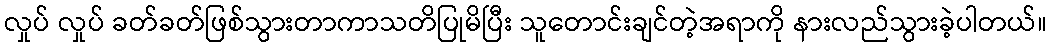
လှုပ် လှုပ် ခတ်ခတ်ဖြစ်သွားတာကာသတိပြုမိပြီး သူတောင်းချင်တဲ့အရာကို နားလည်သွားခဲ့ပါတယ်။